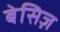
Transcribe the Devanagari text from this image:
बेसिज़